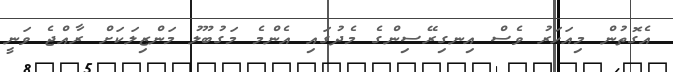
އެގޮތުން މިއަހަރު ވެސް އިނގިރޭސިންގެ މެދުގައި އެންމެ މަގުބޫލު މަންޒިލަކަށް ރާއްޖެ ވަނީ